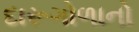
દારૂગોળાનો